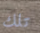
تلك